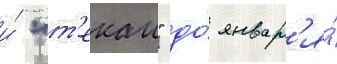
и́ "т'екаи" до́ январ'я́